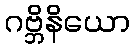
ဂဗ္ဘိနိယော